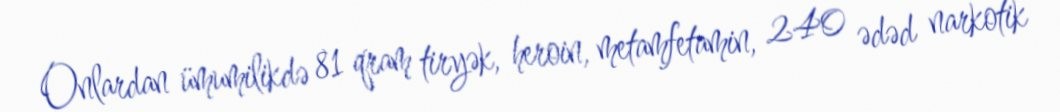
Onlardan ümumilikdə 81 qram tiryək, heroin, metamfetamin, 240 ədəd narkotik